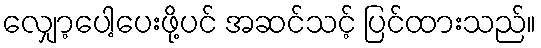
လျှော့ပေါ့ပေးဖို့ပင် အဆင်သင့် ပြင်ထားသည်။